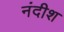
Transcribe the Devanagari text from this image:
नंदीश